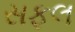
સફલ